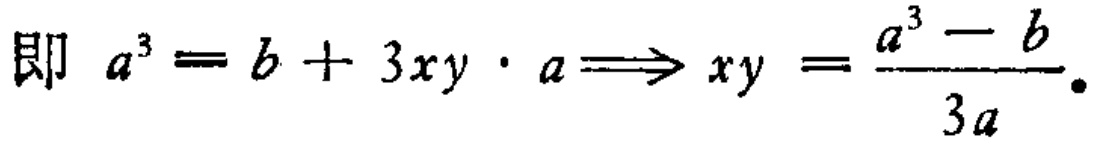
即 \(a^{3}=b + 3xy\cdot a\Longrightarrow xy=\frac{a^{3}-b}{3a}\)。